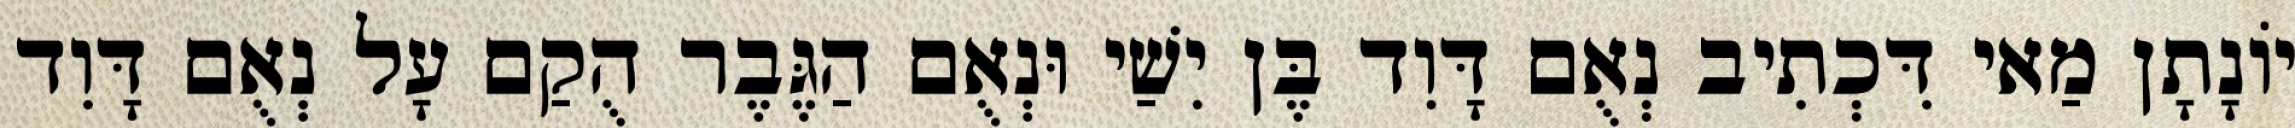
יוֹנָתָן מַאי דִּכְתִיב נְאֻם דָּוִד בֶּן יִשַׁי וּנְאֻם הַגֶּבֶר הֻקַם עָל נְאֻם דָּוִד